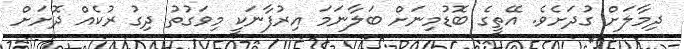
ދިމާލަށް ގުދަށެވެ. އޭތީގެ ބޮޑުމިނަށް ބަލާނަމަ އިރުފާނަކީ މިވަގުތު ދިގު ރުކެއް ދޮށަށް